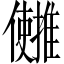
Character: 𫤄